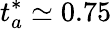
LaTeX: t_{a}^{*}\simeq 0.75